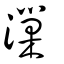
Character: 漅